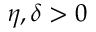
\eta , \delta > 0